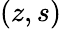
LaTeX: (z,s)